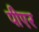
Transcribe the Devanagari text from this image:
पीएर